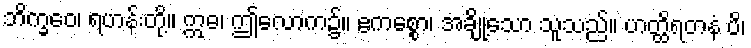
ဘိက္ခဝေ၊ ရဟန်းတို့။ ဣဓ၊ ဤလောက၌။ ဧကစ္စော၊ အချို့သော သူသည်။ ဟတ္ထိရတနံ ပိ၊